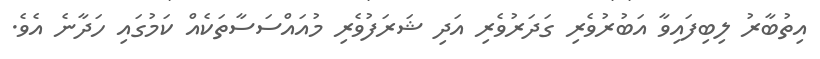
އިތުބާރު ލިބިފައިވާ އަބުރުވެރި ގަދަރުވެރި އަދި ޝަރަފުވެރި މުއައްސަސާތަކެއް ކަމުގައި ހަދާނެ އެވެ.